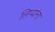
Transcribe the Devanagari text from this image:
लिप्यांना